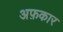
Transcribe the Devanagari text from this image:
अफ़कार